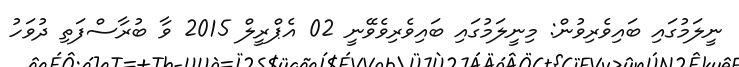
ނީލަމުގައި ބައިވެރިވުން: މިނީލަމުގައި ބައިވެރިވެވޭނީ 02 އެޕްރީލް 2015 ވާ ބުރާސްފަތި ދުވަހު